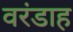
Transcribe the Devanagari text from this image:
वरंडाह